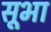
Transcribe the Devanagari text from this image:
सूभा